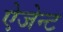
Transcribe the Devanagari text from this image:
ऐजेन्‍ट